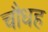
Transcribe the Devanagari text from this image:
चौधह